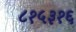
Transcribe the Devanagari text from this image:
८१५३१६